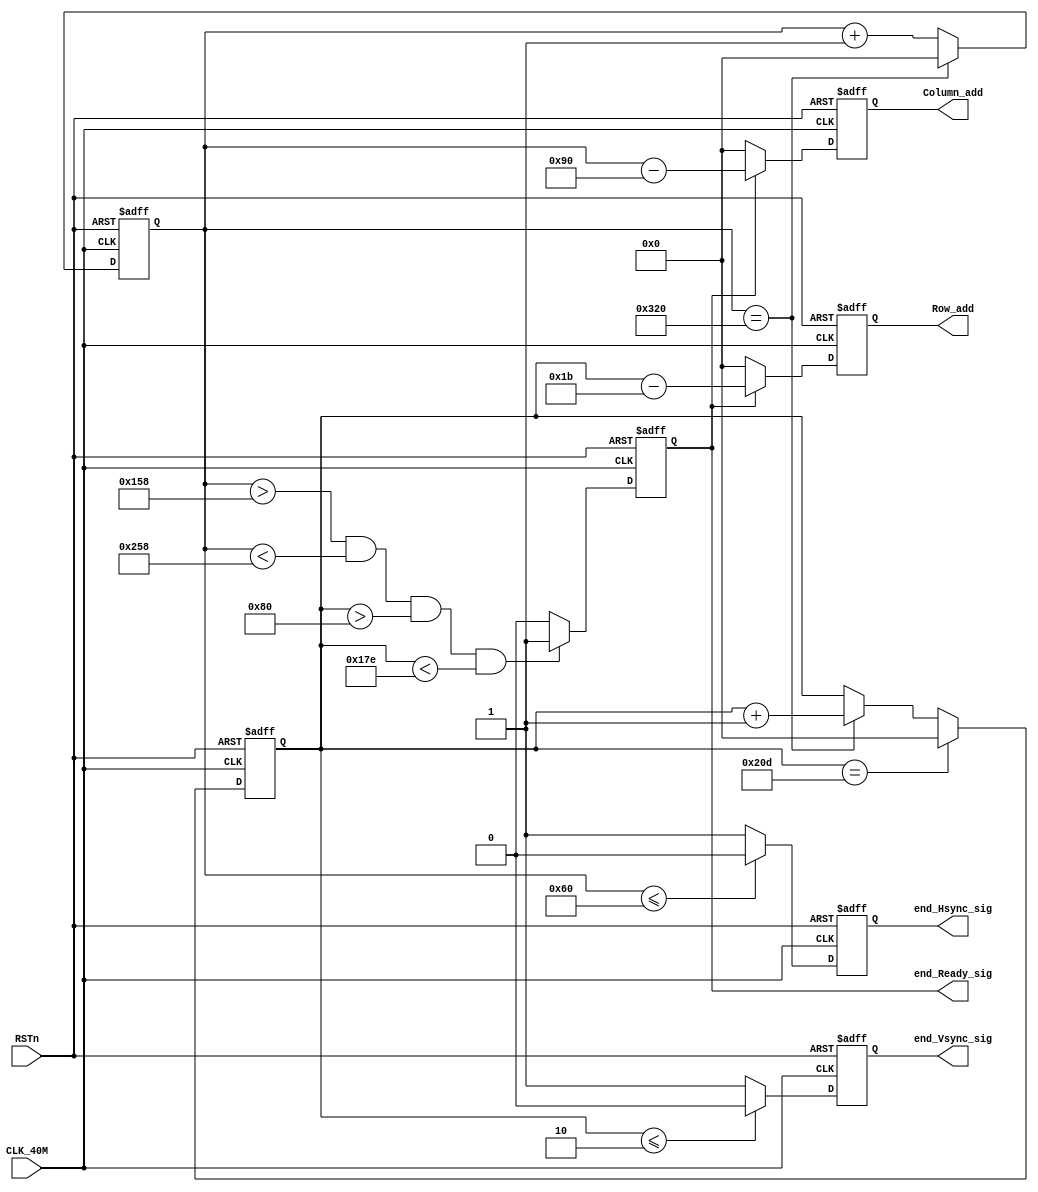
// This program was cloned from: https://github.com/Manistein/let-us-build-a-computer-system
// License: MIT License

module end_Vga_sync		//vga
(
	input CLK_40M,
	input RSTn,
	output end_Hsync_sig,		//
	output end_Vsync_sig,		//
	output end_Ready_sig,		//800*600
	output [10:0] Row_add,	//111011
	output [10:0] Column_add	//11
);
	//**************************************************************
	reg [10:0] Count_hsync;		//1056
	always @ (posedge CLK_40M or negedge RSTn)
	begin
		if(!RSTn)
			Count_hsync <= 11'd 0;
		else 
			 if(Count_hsync == 11'd 800)
				Count_hsync <= 11'd 0;
			 else	
				Count_hsync <= Count_hsync + 1'd 1;	
	end
	
	//**************************************************************
	reg [10:0] Count_vsync;		//628
	always @ (posedge CLK_40M or negedge RSTn)
	begin
		if(!RSTn)
			Count_vsync <= 11'd 0;
		else 
			if(Count_vsync == 11'd 525)
				Count_vsync <= 11'd 0;
			else	if(Count_hsync == 11'd 800) 		//1056~
						Count_vsync <= Count_vsync + 1'd 1;					
	end
	
	//**************************************************************
	reg r_Ready_sig;		//800*600~
	always @ (posedge CLK_40M or negedge RSTn)
	begin
		if(!RSTn)
			r_Ready_sig <= 1'd 0;
		else	if((Count_hsync > (11'd 144 + 11'd200)) && (Count_hsync < (11'd 784 - 11'd184))		//216<<1016,27<<627800*60010.
					 && (Count_vsync > (11'd 35 + 11'd93)) && (Count_vsync < (11'd 515 - 11'd133)))
					r_Ready_sig <= 1'd 1;
				else
					r_Ready_sig <= 1'd 0;		
	end
	
	assign end_Ready_sig = r_Ready_sig;		//end_Ready_sig
	
	//**************************************************************
	reg [10:0] rRow_add;		//
	reg [10:0] rColumn_add;		//
	always @ (posedge CLK_40M or negedge RSTn)
	begin
		if(!RSTn)
			begin
				rRow_add <= 11'd 0;
				rColumn_add <= 11'd 0;
			end
		else	
			begin
				rColumn_add <= (r_Ready_sig)?		Count_hsync - 11'd 144   :	 11'd 0;		//r_Ready_sig1Count_vsync - 217rColumn_addr_Ready_sig00rColumn_add
				rRow_add <= (r_Ready_sig)?	 Count_vsync - 11'd 27	 :	 11'd 0; 		//r_Ready_sig1Count_hsync -  28rRow_addr_Ready_sig00rRow_add
			end
	end
	
	assign Row_add = rRow_add;
	assign Column_add = rColumn_add;
	
	//**************************************************************
	reg r_Hsync_sig;		//
	reg r_Vsync_sig;		//
	always @ ( posedge CLK_40M or negedge RSTn )
	begin
		if(!RSTn)
			begin
				r_Hsync_sig <= 1'd 0;
				r_Vsync_sig <= 1'd 0;
			end
		else
			begin
				r_Vsync_sig <= (Count_vsync <= 11'd 2)?		1'd 0	:	1'd 1;		//Count_vsynco4
				r_Hsync_sig <= (Count_hsync <= 11'd 96)? 	1'd 0 	:	1'd 1; 		//Count_hsynca128
			end
	end
	
	assign end_Hsync_sig = r_Hsync_sig;
	assign end_Vsync_sig = r_Vsync_sig;
	
endmodule